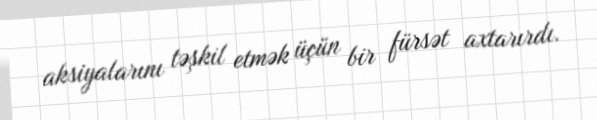
aksiyalarını təşkil etmək üçün bir fürsət axtarırdı.